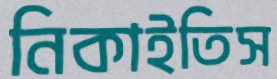
নিকাইতিস